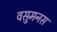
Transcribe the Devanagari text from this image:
वसुमनस